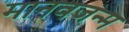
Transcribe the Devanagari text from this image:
मानवजन्म